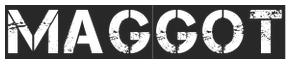
MAGGOT